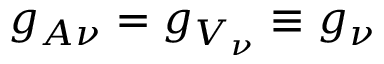
g _ { A \nu } = g _ { V _ { \nu } } \equiv g _ { \nu }